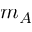
m _ { A }